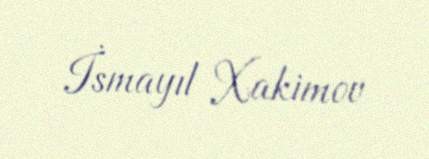
İsmayıl Xakimov